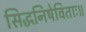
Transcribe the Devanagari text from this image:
सिद्धनिषेविताः॥